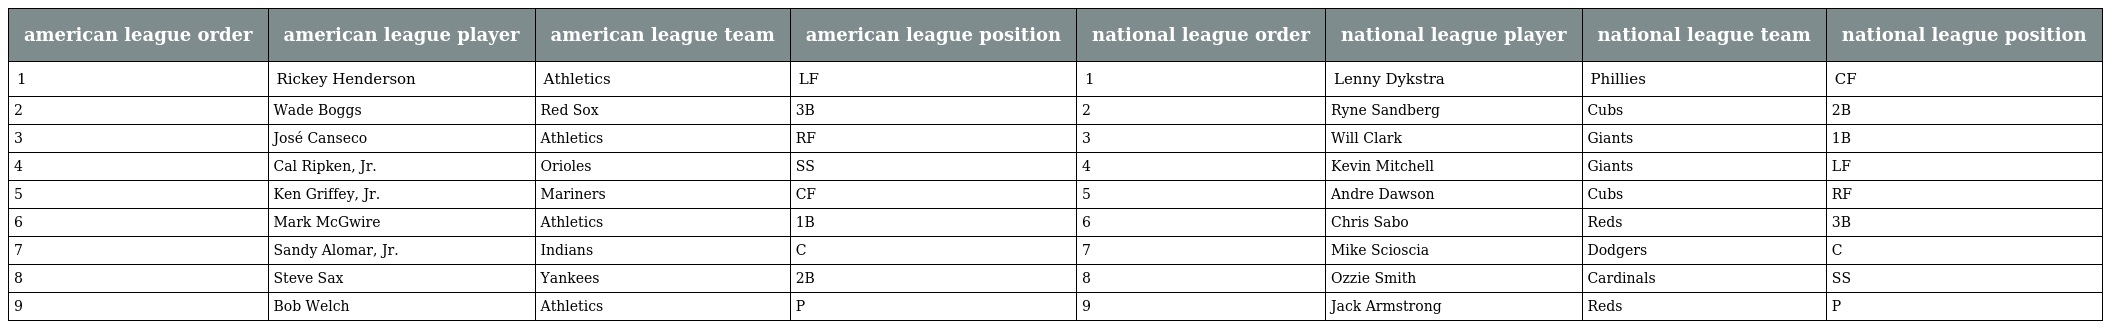
| american league order | american league player | american league team | american league position | national league order | national league player | national league team | national league position |
 | --- | --- | --- | --- | --- | --- | --- | --- |
 | 1 | Rickey Henderson | Athletics | LF | 1 | Lenny Dykstra | Phillies | CF |
 | 2 | Wade Boggs | Red Sox | 3B | 2 | Ryne Sandberg | Cubs | 2B |
 | 3 | José Canseco | Athletics | RF | 3 | Will Clark | Giants | 1B |
 | 4 | Cal Ripken, Jr. | Orioles | SS | 4 | Kevin Mitchell | Giants | LF |
 | 5 | Ken Griffey, Jr. | Mariners | CF | 5 | Andre Dawson | Cubs | RF |
 | 6 | Mark McGwire | Athletics | 1B | 6 | Chris Sabo | Reds | 3B |
 | 7 | Sandy Alomar, Jr. | Indians | C | 7 | Mike Scioscia | Dodgers | C |
 | 8 | Steve Sax | Yankees | 2B | 8 | Ozzie Smith | Cardinals | SS |
 | 9 | Bob Welch | Athletics | P | 9 | Jack Armstrong | Reds | P |